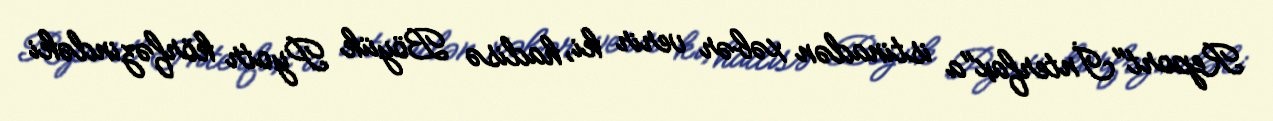
Report"İnterfax"a istinadən xəbər verir ki, hadisə Böyük Pyotr körfəzindəki